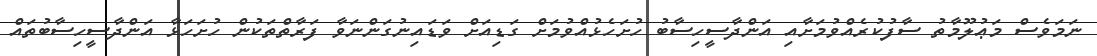
ނަމަވެސް މަޢުލޫމާތު ސާފުކުރެއްވުމަށާއި އަންދާސީހިސާބު ހުށަހެޅުއްވުމަށް ގަޑިއަށް ވަޑައިނުގަންނަވާ ފަރާތްތަކުން ހުށަހަޅާ އަންދާސީހިސާބުތައް